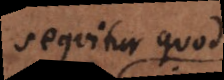
sequitur quod